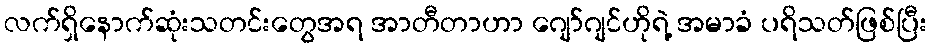
လက်ရှိနောက်ဆုံးသတင်းတွေအရ အာတီတာဟာ ဂျော်ဂျင်ဟိုရဲ့ အမာခံ ပရိသတ်ဖြစ်ပြီး